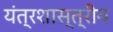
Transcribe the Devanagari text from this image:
यंत्रशास्त्रीय